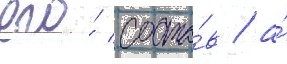
его́ соста́в / а́